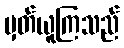
မှတ်ယူကြသည်